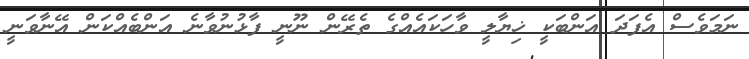
ނަމަވެސް އެފަދަ އަންބަކީ ޚިޔާލީ ވާހަކައެއްގެ ތެރޭން ނޫނީ ފާޅުނުވާނެ އަންބެއްކަން އޭނާވަނީ